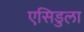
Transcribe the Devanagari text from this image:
एसिडुला